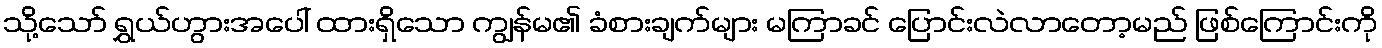
သို့သော် ရွှယ်ဟွားအပေါ် ထားရှိသော ကျွန်မ၏ ခံစားချက်များ မကြာခင် ပြောင်းလဲလာတော့မည် ဖြစ်ကြောင်းကို